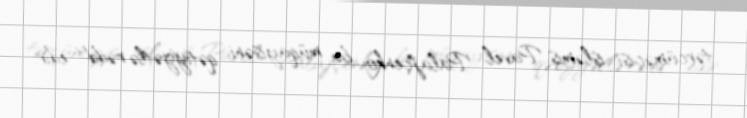
tərcüməçisi işləmiş Pavel Palajçenko bu müqayisəni qətiyyətlə rədd edir: